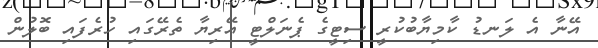
އޭނާ އެ ލަނޑު ކާމިޔާބުކުރީ ސިޓީގެ ޕެނަލްޓީ އޭރިޔާ ތެރޭގައި ހުރެފައި ބޮލުން